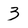
Character: 3